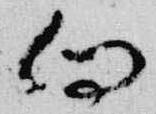
向